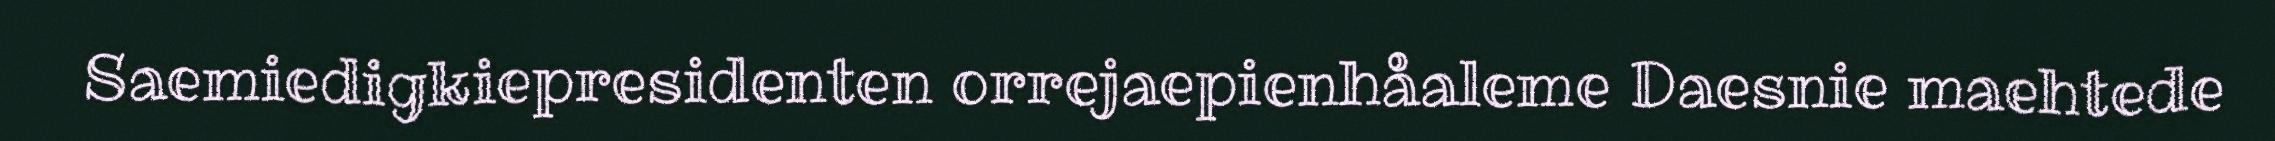
Saemiedigkiepresidenten orrejaepienhåaleme Daesnie maehtede